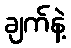
ချက်နဲ့